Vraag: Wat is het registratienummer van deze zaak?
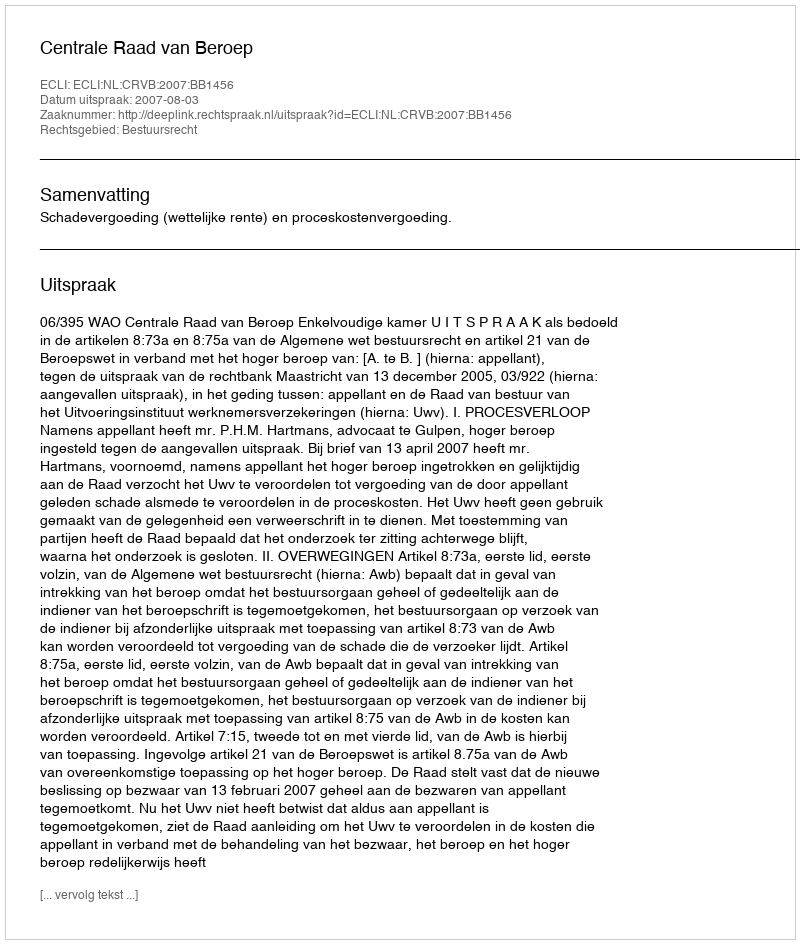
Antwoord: http://deeplink.rechtspraak.nl/uitspraak?id=ECLI:NL:CRVB:2007:BB1456